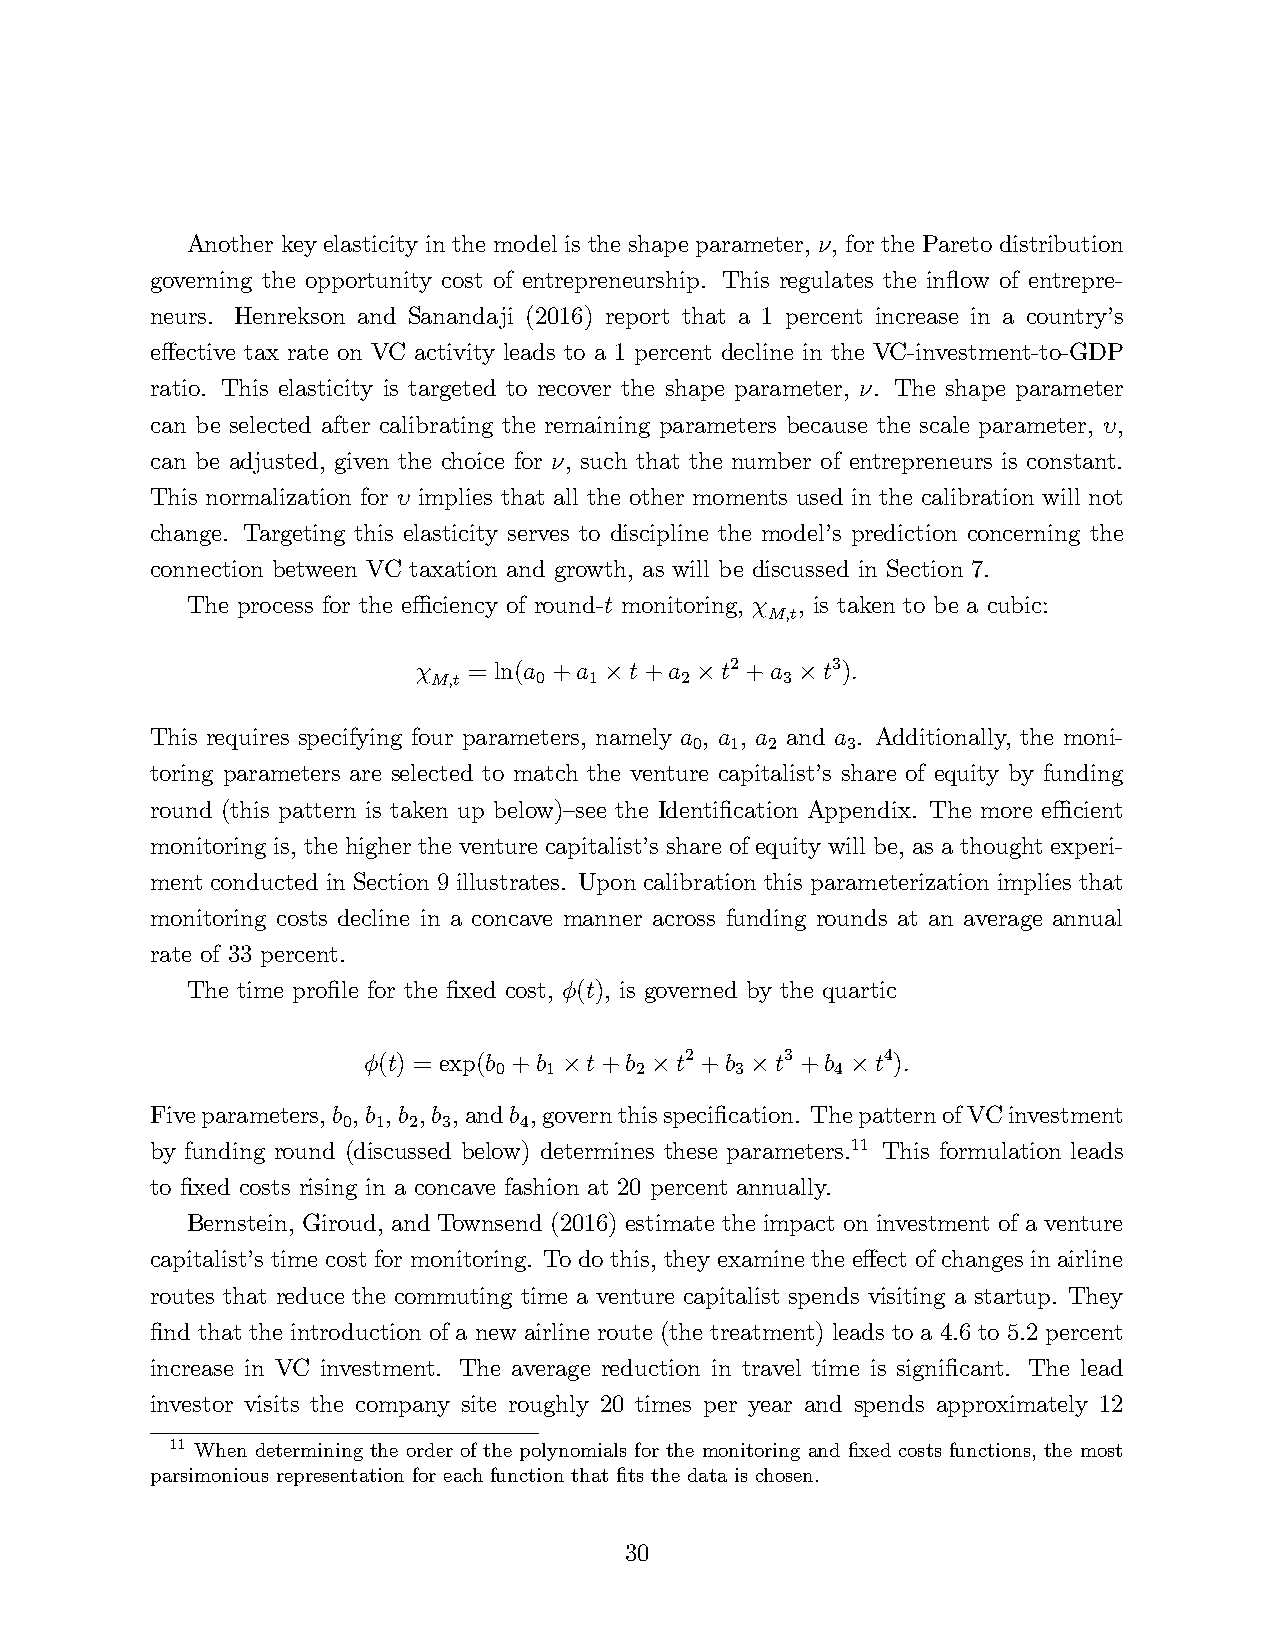
Another key elasticity in the model is the shape parameter, ν, for the Pareto distribution
 governing the opportunity cost of entrepreneurship. This regulates the inflow of entrepre-
 neurs. Henrekson and Sanandaji (2016) report that a 1 percent increase in a country’s
 effective tax rate on VC activity leads to a 1 percent decline in the VC-investment-to-GDP
 ratio. This elasticity is targeted to recover the shape parameter, ν. The shape parameter
 can be selected after calibrating the remaining parameters because the scale parameter, υ,
 can be adjusted, given the choice for ν, such that the number of entrepreneurs is constant.
 This normalization for υ implies that all the other moments used in the calibration will not
 change. Targeting this elasticity serves to discipline the model’s prediction concerning the
 connection between VC taxation and growth, as will be discussed in Section 7.
 The process for the effi ciency of round-t monitoring, χ , is taken to be a cubic:
 M,t
 χ  = ln(a + a t + a t2 + a t3).
 M,t    0  1     2      3
 ×     ×      ×
 This requires specifying four parameters, namely a , a , a and a . Additionally, the moni-
 0 1  2    3
 toring parameters are selected to match the venture capitalist’s share of equity by funding
 round (this pattern is taken up below)—see the Identification Appendix. The more effi cient
 monitoring is, the higher the venture capitalist’s share of equity will be, as a thought experi-
 ment conducted in Section 9 illustrates. Upon calibration this parameterization implies that
 monitoring costs decline in a concave manner across funding rounds at an average annual
 rate of 33 percent.
 The time profile for the fixed cost, φ(t), is governed by the quartic
 φ(t) = exp(b + b t + b t2 + b t3 + b t4).
 0  1     2      3     4
 ×     ×      ×     ×
 Five parameters, b , b , b , b , and b , govern this specification. The pattern of VC investment
 0 1 2 3    4
 by funding round (discussed below) determines these parameters.11 This formulation leads
 to fixed costs rising in a concave fashion at 20 percent annually.
 Bernstein, Giroud, and Townsend (2016) estimate the impact on investment of a venture
 capitalist’s time cost for monitoring. To do this, they examine the effect of changes in airline
 routes that reduce the commuting time a venture capitalist spends visiting a startup. They
 find that the introduction of a new airline route (the treatment) leads to a 4.6 to 5.2 percent
 increase in VC investment. The average reduction in travel time is significant. The lead
 investor visits the company site roughly 20 times per year and spends approximately 12
 11 When determining the order of the polynomials for the monitoring and fixed costs functions, the most
 parsimonious representation for each function that fits the data is chosen.
 30